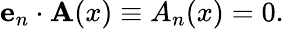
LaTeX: {\mathbf e}_{n}\cdot{\mathbf A}(x)\equiv A_{n}(x)=0.